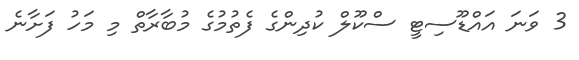
3 ވަނަ އައްޑޫސިޓީ ސްކޫލް ކުދިންގެ ފެތުމުގެ މުބާރާތް މި މަހު ފަށާނެ